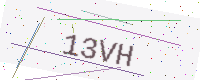
Text: 13VH